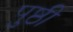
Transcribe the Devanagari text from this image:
पुष्ठी